Vaccination Hyderabad 1872-1889 - 1872-1889
Year: 1872
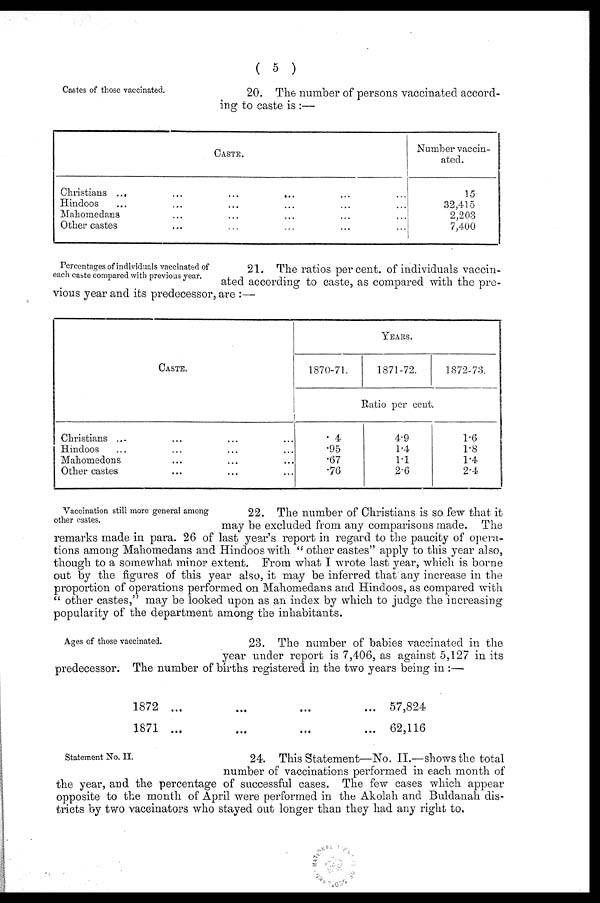
( 5 )
Castes of those vaccinated.
20. The number of persons vaccinated accord-
ing to caste is :—
CASTE.
Christians
...
...
...
...
Hindoos ... ... ... ...
Mahomedans ... ... ... ...
Other castes ... ... ... ...
Number vaccin-
ated.
15
32,415
2,203
7,400
Percentages of individuals vaccinated of
each caste compared with previous year.
21. The ratios per cent. of individuals vaccin-
ated according to caste, as compared with the pre-
vious year and its predecessor, are :—
CASTE.
Christians ... ... ... ...
Hindoos ... ... ... ...
Mahomedons ... ... ... ...
Other castes ... ... ... ...
YEARS.
1870-71.
1871-72.
1872-73.
Ratio per cent.
. 4
.95
.67
.76
4.9
1.4
1.1
2.6
1.6
1.8
1.4
2.4
Vaccination still more general among
other castes.
22. The number of Christians is so few that it
may be excluded from any comparisons made. The
remarks made in para. 26 of last year's report in regard to the paucity of opera-
tions among Mahomedans and Hindoos with " other castes" apply to this year also,
though to a somewhat minor extent. From what I wrote last year, which is borne
out by the figures of this year also, it may be inferred that any increase in the
proportion of operations performed on Mahomedans and Hindoos, as compared with
" other castes," may be looked upon as an index by which to judge the increasing
popularity of the department among the inhabitants.
Ages of those vaccinated.
23. The number of babies vaccinated in the
year under report is 7,406, as against 5,127 in its
predecessor. The number of births registered in the two years being in :—
1872 ...
...
...
...
1871 ...
...
...
...
57,824
62,116
Statement No. II.
24. This Statement—No. II.—shows the total
number of vaccinations performed in each month of
the year, and the percentage of successful cases. The few cases which appear
opposite to the month of April were performed in the Akolah and Buldanah dis-
tricts by two vaccinators who stayed out longer than they had any right to.